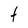
Character: t